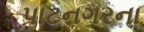
પાટનગરના